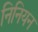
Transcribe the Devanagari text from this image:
निनियन